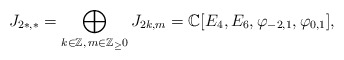
\begin{align*}J_{2*,*}=\bigoplus_{k\in \Bbb Z,\, m\in \Bbb Z_\ge 0} J_{2k,m}=\Bbb C[E_4, E_6, \varphi_{-2,1},\varphi_{0,1}],\end{align*}